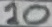
Text: 10